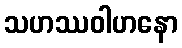
သဟဿဝါဟနော